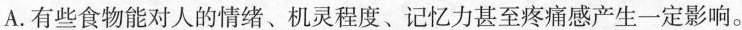
A.有些食物能对人的情绪、机灵程度、记忆力甚至疼痛感产生一定影响。